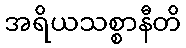
အရိယသစ္စာနီတိ